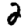
Digit: 2